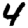
Digit: 4